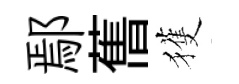
鄢𦾔獲